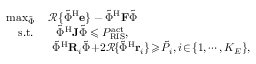
\begin{array} { r l r } & { \operatorname* { m a x } _ { { \tilde { { \Phi } } } } \quad { \mathcal { R } } \{ { \tilde { { \Phi } } } ^ { \mathrm H } { \bf e } \} - \tilde { { \Phi } } ^ { \mathrm H } { \mathbf { F } } \tilde { { \Phi } } } & \\ & { \quad \mathrm { s . t . } \quad \quad { { \tilde { { \Phi } } } } ^ { \mathrm H } { \mathbf { J } } { { \tilde { { \Phi } } } } \leqslant P _ { \mathrm { R I S } } ^ { \mathrm { a c t } } , } \\ & { \quad \quad \quad \quad { { \tilde { { \Phi } } } } ^ { \mathrm H } { \mathbf { R } } _ { i } { { \tilde { { \Phi } } } } \! + \! 2 { \mathcal { R } } \! \{ { { \tilde { { \Phi } } } } ^ { \mathrm H } { \bf { r } } _ { i } \} \! \geqslant \! \tilde { P _ { { i } } } , i \! \in \! \{ 1 , \cdots , K _ { E } \} , } \end{array}